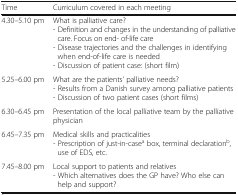
<table><thead><tr><td><b>Time</b></td><td><b>Curriculum covered in each meeting</b></td></tr></thead><tbody><tr><td>4.30–5.10 pm</td><td>What is palliative care?- Definition and changes in the understanding of palliative care. Focus on end- of-life care- Disease trajectories and the challenges in identifying when end-of-life care is needed- Discussion of patient case: (short film)</td></tr><tr><td>5.25–6.00 pm</td><td>What are the patients’ palliative needs?- Results from a Danish survey among palliative patients- Discussion of two patient cases (short films)</td></tr><tr><td>6.30–6.45 pm</td><td>Presentation of the local palliative team by the palliative physician</td></tr><tr><td>6.45–7.35 pm</td><td>Medical skills and practicalities- Prescription of just-in-case<sup>a</sup> box, terminal declaration<sup>b</sup>, use of EDS, etc.</td></tr><tr><td>7.45–8.00 pm</td><td>Local support to patients and relatives- Which alternatives does the GP have? Who else can help and support?</td></tr></tbody></table>